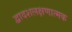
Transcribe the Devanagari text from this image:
द्वादशलक्षणात्मक